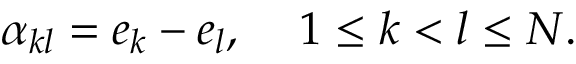
\alpha _ { k l } = e _ { k } - e _ { l } , \, \, \, \, \, \, \, 1 \le k < l \le N .